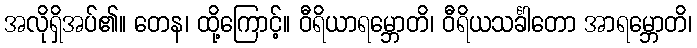
အလိုရှိအပ်၏။ တေန၊ ထို့ကြောင့်။ ဝီရိယာရမ္ဘောတိ၊ ဝီရိယသင်္ခါတော အာရမ္ဘောတိ၊